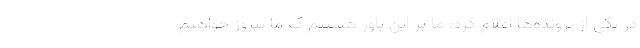
در یکی از پرونده‌ها اعلام کرد: ما بر این باور هستیم ک ما پیروز خواهیم